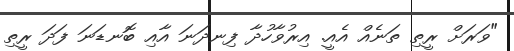
"ވަރަށް ރީތި ތަނެއް އެއީ. އިރުވާހުދާ ފިނދަނަ އާއި ބޮނޑަނަ ފަދަ ރީތި